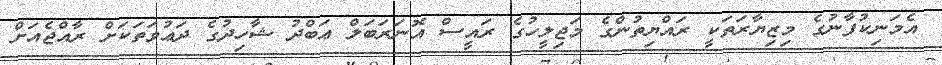
އެމަނިކުފާނުގެ މިޒިޔާރަތަކީ ރައްޔިތުންގެ މަޖިލީހުގެ ރައީސް އޮނަރަބަލް ޢަބްދު ޝާހިދުގެ ދަޢުވަތަކަށް ރާއްޖެއަށް